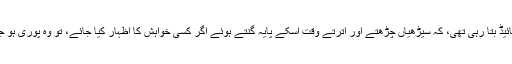
ہماری گائیڈ بتا رہی تھی، کہ سیڑھیاں چڑھتے اور اترتے وقت اسکے پایہ گنتے ہوئے اگر کسی خواہش کا اظہار کیا جائے، تو وہ پوری ہو جاتی ہے۔